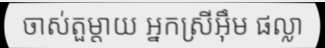
ចាស់តួម្តាយ អ្នកស្រីអ៊ឹម ផល្លា